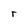
Character: r